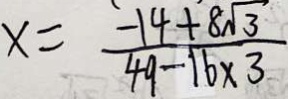
x = \frac { - 1 4 + 8 \sqrt { 3 } } { 4 9 - 1 6 \times 3 }